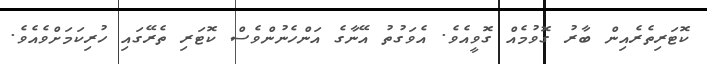
ކޮޓަރިތެރެއިން ބާރު ގޮވުމެއް ގޮވީއެވެ. އެވަގުތު އޭނާގެ އަންހެނުންވެސް ކޮޓަރި ތެރޭގައި ހުރިކަމަށްވެއެވެ.